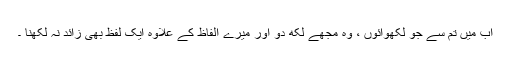
اب میں تم سے جو لکھوائوں ، وہ مجھے لکھ دو اور میرے الفاظ کے علاوہ ایک لفظ بھی زائد نہ لکھنا ۔